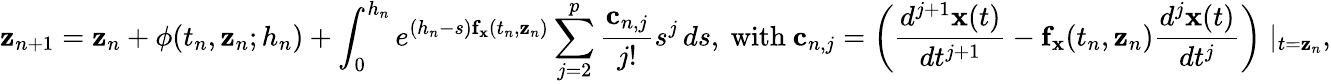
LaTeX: \mathbf{z}_{n+1}=\mathbf{z}_{n}+\mathbf{\phi}(t_{n},\mathbf{z}_{n};h_{n})+\int_{0}^{h_{n}}e^{(h_{n}-s)\mathbf{f}_{\mathbf{x}}\left(t_{n},\mathbf{z}_{n}\right)}\sum_{j=2}^{p}{\frac{\mathbf{c}_{n,j}}{j!}}s^{j}\, ds,{\mathrm{~with~}}\mathbf{c}_{n,j}=\left({\frac{d^{j+1}\mathbf{x}(t)}{dt^{j+1}}}-\mathbf{f}_{\mathbf{x}}(t_{n},\mathbf{z}_{n}){\frac{d^{j}\mathbf{x}(t)}{dt^{j}}}\right)\mid_{t=\mathbf{z}_{n}},